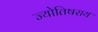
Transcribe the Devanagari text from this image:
ज्योतिषराय